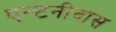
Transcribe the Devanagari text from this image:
एन्टनीदास